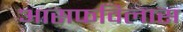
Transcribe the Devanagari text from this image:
आसफविलास